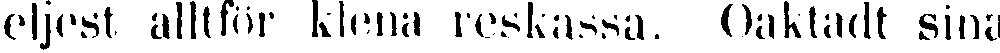
eljest alltför klena reskassa. Oaktadt sina